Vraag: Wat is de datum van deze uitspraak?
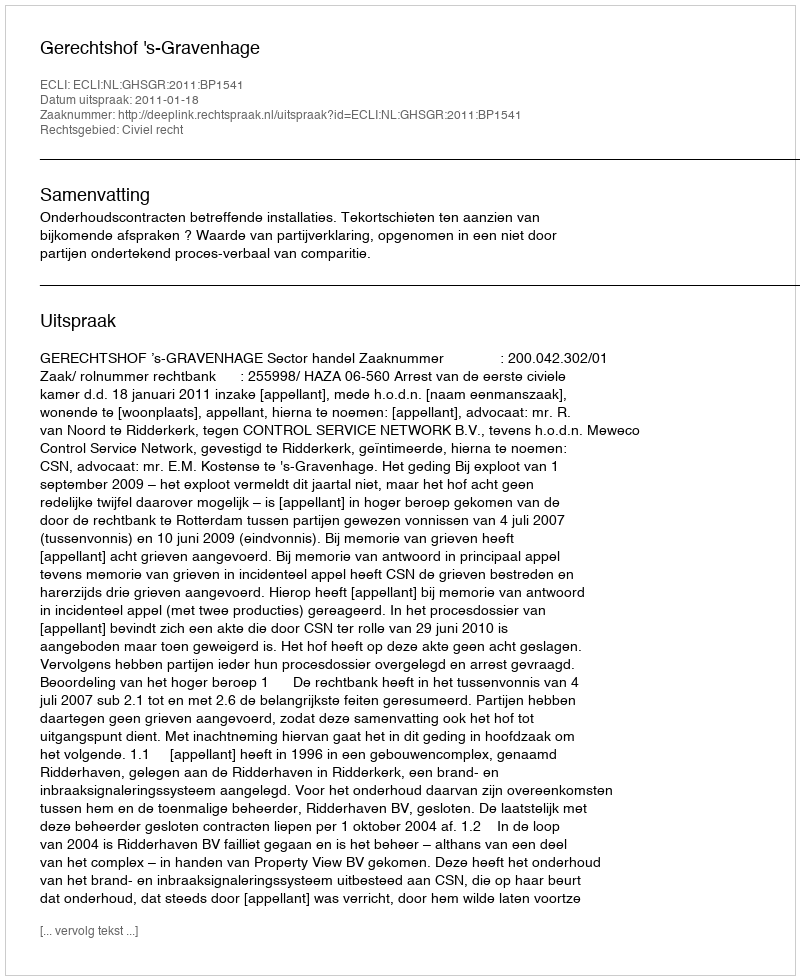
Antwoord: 2011-01-18